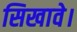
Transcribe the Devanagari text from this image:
सिखावे।